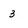
Character: 3